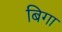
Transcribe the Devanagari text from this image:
बिगा